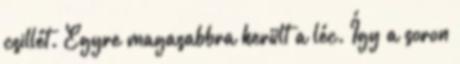
csillét. Egyre magasabbra került a léc. Így a soron